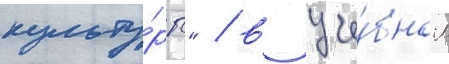
культу́ры" / в уче́бном